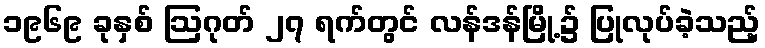
၁၉၆၉ ခုနှစ် ဩဂုတ် ၂၇ ရက်တွင် လန်ဒန်မြို့၌ ပြုလုပ်ခဲ့သည့်